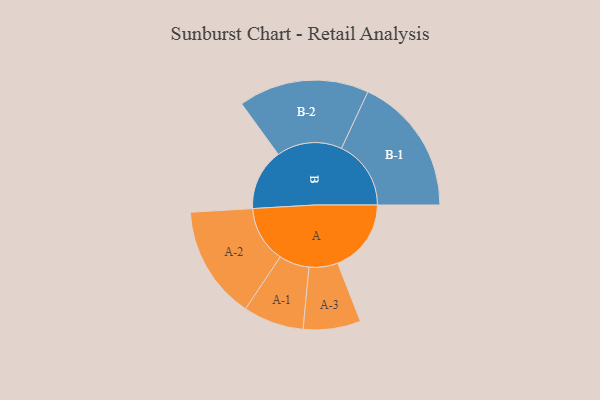
{"axis": {"x": "Segment", "y": "Value"}, "legend": ["", "A", "B"], "data": [{"x": "A", "y": 279, "type": ""}, {"x": "B", "y": 233, "type": ""}, {"x": "A-1", "y": 115, "type": "A"}, {"x": "A-2", "y": 215, "type": "A"}, {"x": "A-3", "y": 109, "type": "A"}, {"x": "B-1", "y": 264, "type": "B"}, {"x": "B-2", "y": 248, "type": "B"}]}